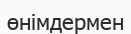
өнімдермен